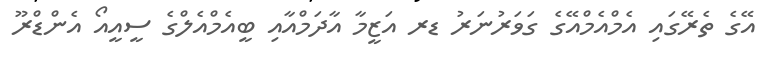
އޭގެ ތެރޭގައި އެމްއެމްއޭގެ ގަވަރުނަރު ޑރ އަޒީމާ އާދަމްއާއި ބީއެމްއެލްގެ ސީއީއޯ އެންޑްރޫ